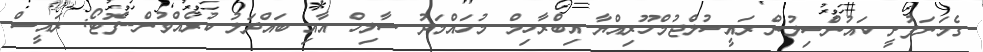
ގެމަނަފުށީ ކައުންސިލުން ރައީސުލްޖުމްހޫރިއްޔާ އިބްރާހިމް މުހައްމަދު ސާލިހް އާއި ބައްދަލު ކުރެއްވުން--ފޮޓޯ: ރައީސް